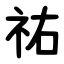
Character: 祐